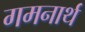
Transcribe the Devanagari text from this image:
गमनार्थ